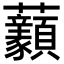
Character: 𧆈